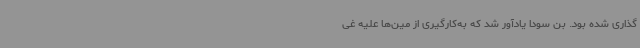
‌گذاری شده بود. بن سودا یادآور شد که به‌کارگیری از مین‌ها علیه غی